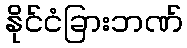
နိုင်ငံခြားဘဏ်